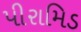
પીરામિડ